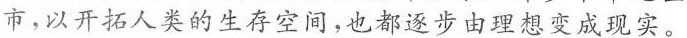
市，以开拓人类的生存空间，也都逐步由理想变成现实。